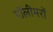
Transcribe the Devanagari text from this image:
पॉलीमरों